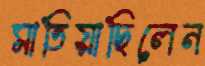
মাতিয়াছিলেন